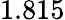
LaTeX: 1.815